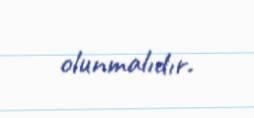
olunmalıdır.